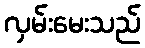
လှမ်းမေးသည်